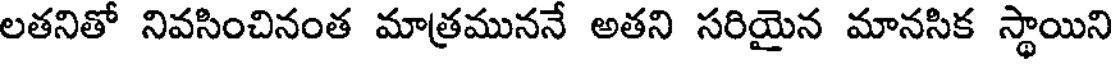
లతనితో నివసించినంత మాత్రముననే అతని సరియైన మానసిక స్థాయిని